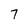
Character: 7